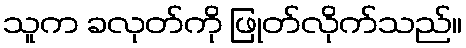
သူက ခလုတ်ကို ဖြုတ်လိုက်သည်။